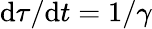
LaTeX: \mathrm{d}\tau/\mathrm{d}t=1/\gamma